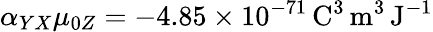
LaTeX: \alpha_{YX}\mu_{0Z}=-4.85\times 10^{-71}\, \mathrm{C}^{3}\, \mathrm{m}^{3}\, \mathrm{J}^{-1}